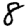
Digit: 8